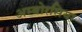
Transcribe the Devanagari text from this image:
अम्बोरसिया